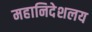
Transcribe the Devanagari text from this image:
महानिदेशलय